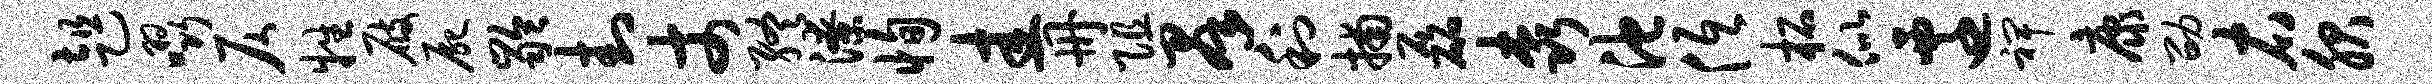
趄啜仄牲屐尸龄封丈终潦恂圭册阻群利捕磊森池低柘似迁裨康劭右服